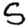
Digit: 5